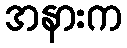
အနားက